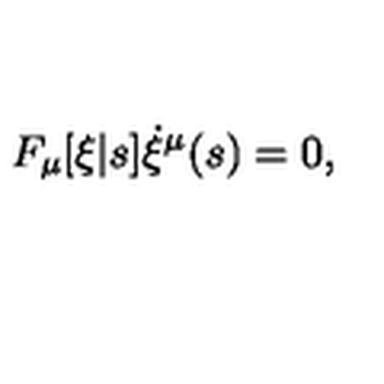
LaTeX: F _ { \mu } [ \xi | s ] \dot { \xi } ^ { \mu } ( s ) = 0 ,